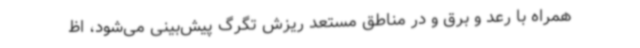
همراه با رعد و برق و در مناطق مستعد ریزش تگرگ پیش‌بینی می‌شود، اظ